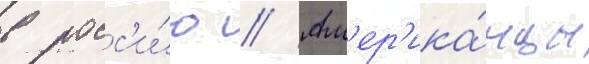
в росс'и́ю // Ам'ер'ика́нцы